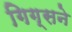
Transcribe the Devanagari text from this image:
गिग्सने